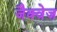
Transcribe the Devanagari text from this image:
जैक्वेज